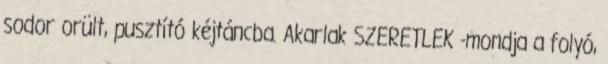
sodor orült, pusztító kéjtáncba. Akarlak SZERETLEK -mondja a folyó,